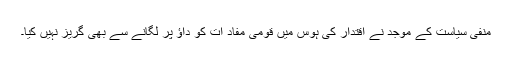
منفی سیاست کے موجد نے اقتدار کی ہوس میں قومی مفاد ات کو داؤ پر لگانے سے بھی گریز نہیں کیا۔